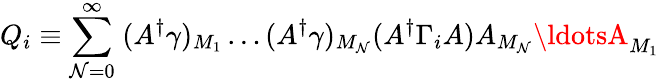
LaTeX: Q_{i}\equiv\sum_{\mathcal{N}=0}^{\infty}\; (A^{\dagger}\gamma)_{M_{1}}\ldots(A^{\dagger}\gamma)_{M_{\mathcal{N}}}(A^{\dagger}\Gamma_{i}A)A_{M_{\mathcal{N}}}\ldotsA_{M_{1}}